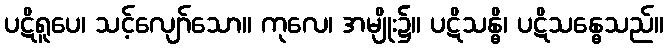
ပဋိရူပေ၊ သင့်လျော်သော။ ကုလေ၊ အမျိုး၌။ ပဋိသန္ဓိ၊ ပဋိသန္ဓေသည်။